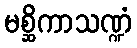
မစ္ဆိကာသဏ္ဍံ